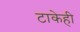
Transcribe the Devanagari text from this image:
टाकेही